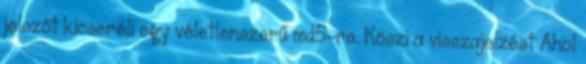
jelszót kicseréli egy véletlenszerű md5-re. Köszi a visszajelzést Ahol